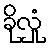
ခိုလှုံ